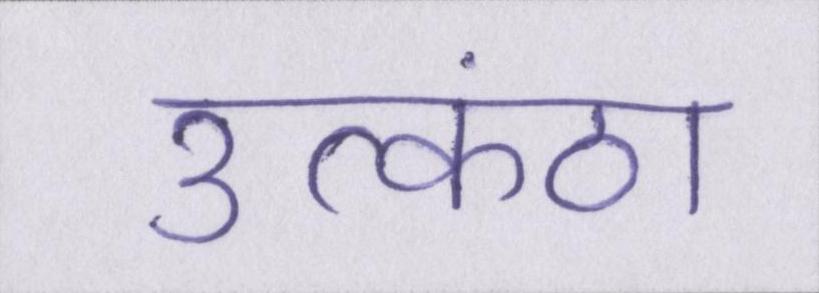
उत्कंठा